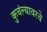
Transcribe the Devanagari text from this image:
कुचंल्यावरचे